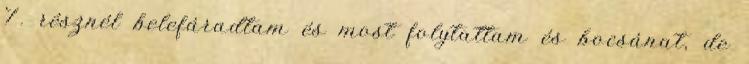
7. résznél belefáradtam és most folytattam és bocsánat, de